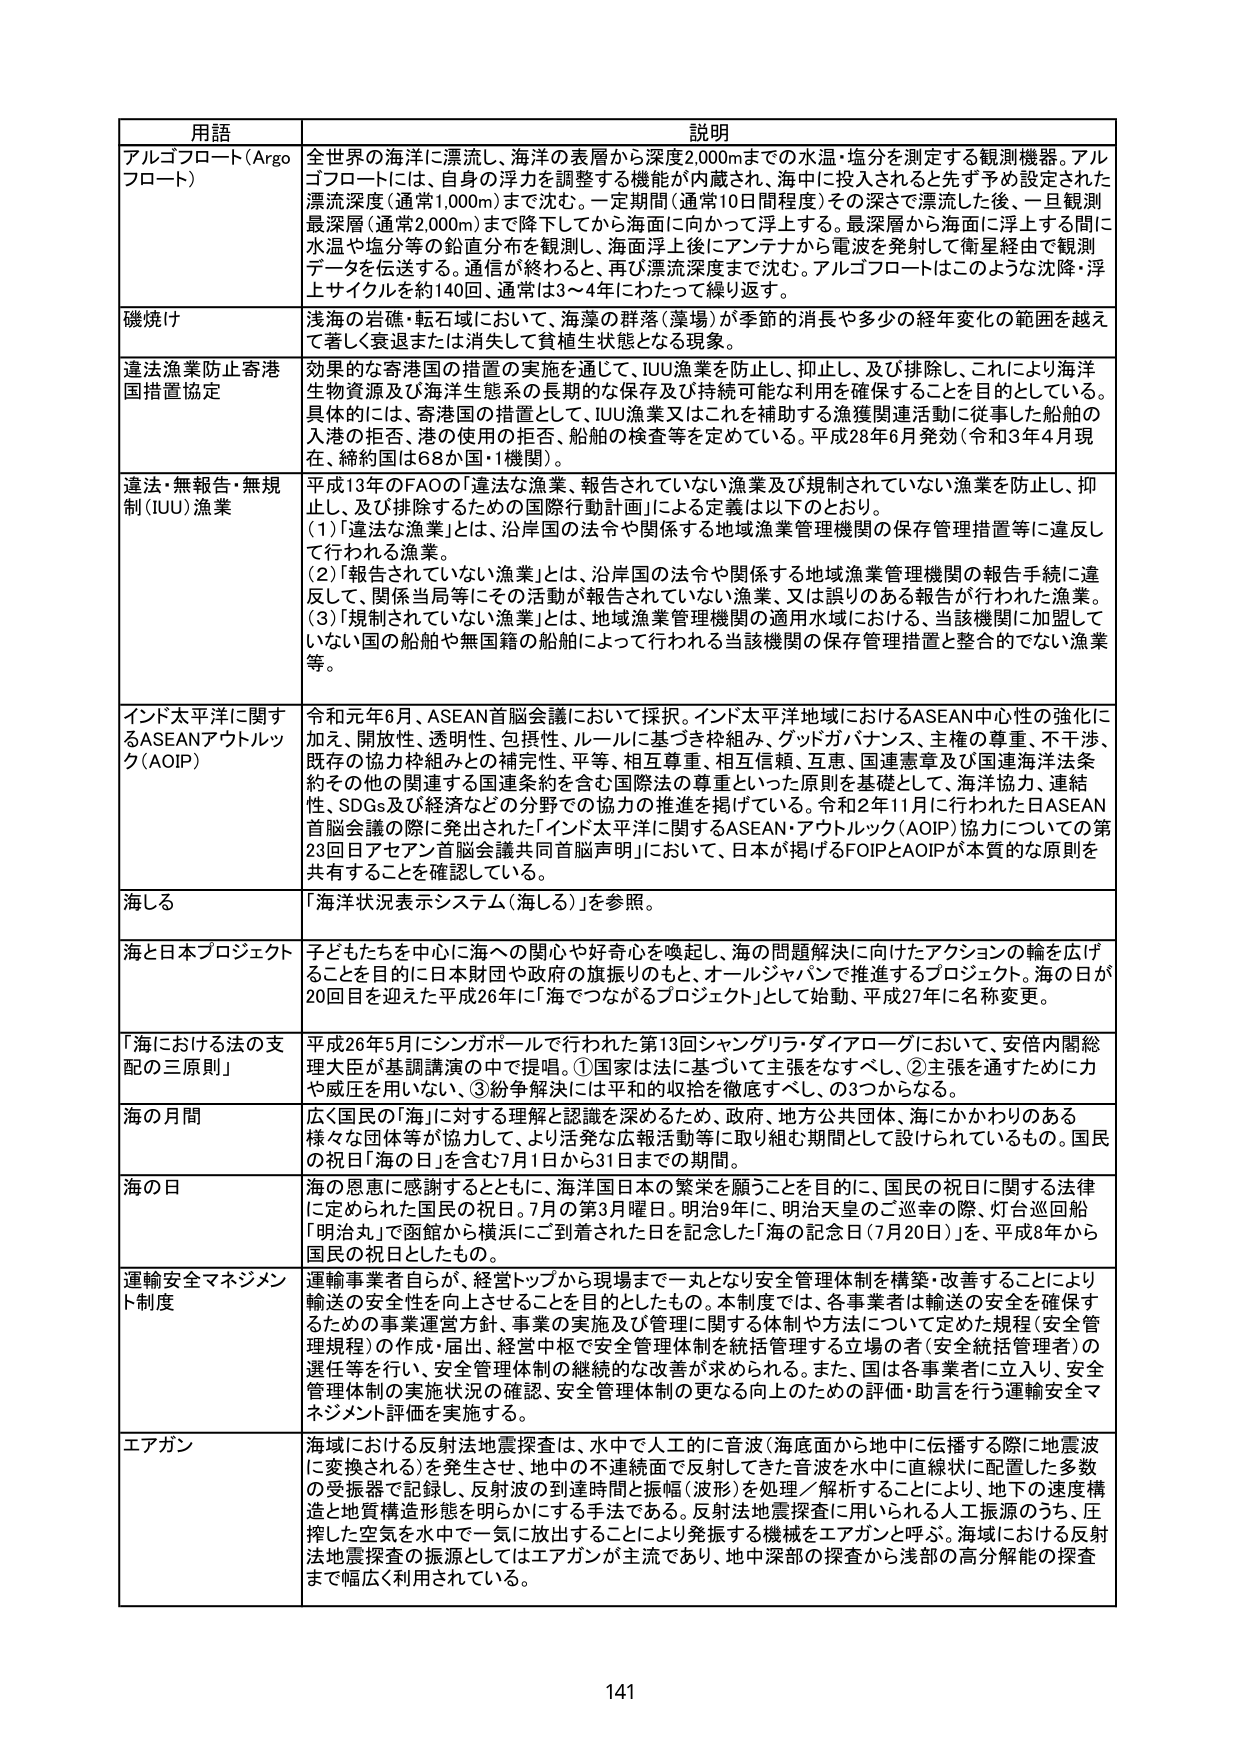
用語 説明
アルゴフロート（Argoフロート） 全世界の海洋に漂流し、海洋の表層から深度2,000mまでの水温・塩分を測定する観測機器。アルゴフロートには、自身の浮力を調整する機能が内蔵され、海中に投入されると先ず予め設定された漂流深度（通常1,000m）まで沈む。一定期間（通常10日間程度）その深さで漂流した後、一旦観測最深層（通常2,000m）まで降下してから海面に向かって浮上する。最深層から海面に浮上する間に水温や塩分等の鉛直分布を観測し、海面浮上後にアンテナから電波を発射して衛星経由で観測データを伝送する。通信が終わると、再び漂流深度まで沈む。アルゴフロートはこのような沈降・浮上サイクルを約140回、通常は3～4年にわたって繰り返す。
磯焼け 浅海の岩礁・転石域において、海藻の群落（藻場）が季節的消長や多少の経年変化の範囲を越えて著しく衰退または消失して貧殖生状態となる現象。
違法漁業防止寄港国措置協定 効果的な寄港国の措置の実施を通じて、IUU漁業を防止し、抑止し、及び排除し、これにより海洋生物資源及び海洋生態系の長期的な保存及び持続可能な利用を確保することを目的としている。具体的には、寄港国の措置として、IUU漁業又はこれを補助する漁獲関連活動に従事した船舶の入港の拒否、港の使用の拒否、船舶の検査等を定めている。平成28年6月発効（令和3年4月現在、締約国は68か国・1機関）。
違法・無報告・無規制（IUU）漁業 平成13年のFAOの「違法な漁業、報告されていない漁業及び規制されていない漁業を防止し、抑止し、及び排除するための国際行動計画」による定義は以下のとおり。
（1）「違法な漁業」とは、沿岸国の法令や関係する地域漁業管理機関の保存管理措置等に違反して行われる漁業。
（2）「報告されていない漁業」とは、沿岸国の法令や関係する地域漁業管理機関の報告手続に違反して、関係当局等にその活動が報告されていない漁業、又は誤りのある報告が行われた漁業。
（3）「規制されていない漁業」とは、地域漁業管理機関の適用水域における、当該機関に加盟していない国の船舶や無国籍の船舶によって行われる当該機関の保存管理措置と整合的でない漁業等。
インド太平洋に関するASEANアウトルック（AOIP） 令和元年6月、ASEAN首脳会議において採択。インド太平洋地域におけるASEAN中心性の強化に加え、開放性、透明性、包摂性、ルールに基づき枠組み、グッドガバナンス、主権の尊重、不干渉、既存の協力枠組みとの補完性、平等、相互尊重、相互信頼、互恵、国連憲章及び国連海洋法条約その他の関連する国連条約を含む国際法の尊重といった原則を基礎として、海洋協力、連結性、SDGs及び経済などの分野での協力の推進を掲げている。令和2年11月に行われた日ASEAN首脳会議の際に発出された「インド太平洋に関するASEAN・アウトルック（AOIP）協力についての第23回日アセアン首脳会議共同首脳声明」において、日本が掲げるFOIPとAOIPが本質的な原則を共有することを確認している。
海しる 「海洋状況表示システム（海しる）」を参照。
海と日本プロジェクト 子どもたちを中心に海への関心や好奇心を喚起し、海の問題解決に向けたアクションの輪を広げることを目的に日本財団や政府の旗振りのもと、オールジャパンで推進するプロジェクト。海の日が20回目を迎えた平成26年に「海でつながるプロジェクト」として始動、平成27年に名称変更。
「海における法の支配の三原則」 平成26年5月にシンガポールで行われた第13回シャングリラ・ダイアローグにおいて、安倍内閣総理大臣が基調講演の中で提唱。①国家は法に基づいて主張をなすべし、②主張を通すために力や威圧を用いない、③紛争解決には平和的収拾を徹底すべし、の3つからなる。
海の月間 広く国民の「海」に対する理解と認識を深めるため、政府、地方公共団体、海にかかわりのある様々な団体等が協力して、より活発な広報活動等に取り組む期間として設けられているもの。国民の祝日「海の日」を含む7月1日から31日までの期間。
海の日 海の恩恵に感謝するとともに、海洋国日本の繁栄ことを目的に、国民の祝日に関する法律に定められた国民の祝日。7月の第3月曜日。明治9年に、明治天皇のご巡幸の際、灯台巡回船「明治丸」で函館から横浜にご到着された日を記念した「海の記念日（7月20日）」を、平成8年から国民の祝日としたもの。
運輸安全マネジメント制度 運輸事業者自らが、経営トップから現場まで一丸となり安全管理体制を構築・改善することにより輸送の安全性を向上させることを目的としたもの。本制度では、各事業者は輸送の安全を確保するための事業運営方針、事業の実施及び管理に関する体制や方法について定めた規程（安全管理規程）の作成・届出、経営中枢で安全管理体制を統括管理する立場の者（安全統括管理者）の選任等を行い、安全管理体制の継続的な改善が求められる。また、国は各事業者に立入り、安全管理体制の実施状況の確認、安全管理体制の更なる向上のための評価・助言を行う運輸安全マネジメント評価を実施する。
エアガン 海域における反射法地震探査は、水中で人工的に音波（海底面から地中に伝播する際に地震波に変換される）を発生させ、地中の不連続面で反射してきた音波を水中に直接状に配置した多数の受信器で記録し、反射波の到達時間と振幅（波形）を処理／解析することにより、地下の速度構造と地質構造形態を明らかにする手法である。反射法地震探査に用いられる人工振源のうち、圧搾した空気を水中で一気に放出することにより発振する機械をエアガンと呼ぶ。海域における反射法地震探査の振源としてはエアガンが主流であり、地中深部の探査から浅部の高分解能の探査まで幅広く利用されている。
141